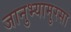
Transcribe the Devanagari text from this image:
जानुभ्यामुरसा